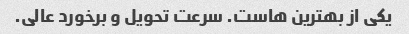
یکی از بهترین هاست. سرعت تحویل و برخورد عالی.